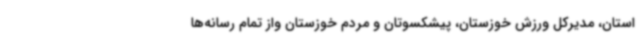
استان، مدیرکل ورزش خوزستان، پیشکسوتان و مردم خوزستان واز تمام رسانه‌ها